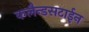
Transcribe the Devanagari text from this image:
कलैन्डसटाईन